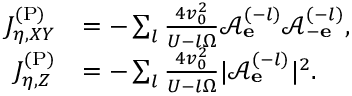
\begin{array} { r l } { J _ { \eta , X Y } ^ { \mathrm { ( P ) } } } & { = - \sum _ { l } \frac { 4 v _ { 0 } ^ { 2 } } { U - l \Omega } \mathcal { A } _ { \bf e } ^ { ( - l ) } \mathcal { A } _ { - \bf e } ^ { ( - l ) } , } \\ { J _ { \eta , Z } ^ { \mathrm { ( P ) } } } & { = - \sum _ { l } \frac { 4 v _ { 0 } ^ { 2 } } { U - l \Omega } | \mathcal { A } _ { \bf e } ^ { ( - l ) } | ^ { 2 } . } \end{array}